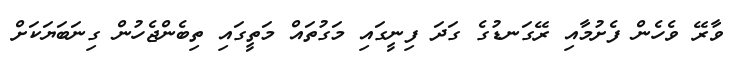
ވާރޭ ވެހެން ފެށުމާއި ރޭގަނޑުގެ ގަދަ ފިނީގައި މަގުތައް މަތީގައި ތިބެންޖެހުން ގިނަބަޔަކަށް